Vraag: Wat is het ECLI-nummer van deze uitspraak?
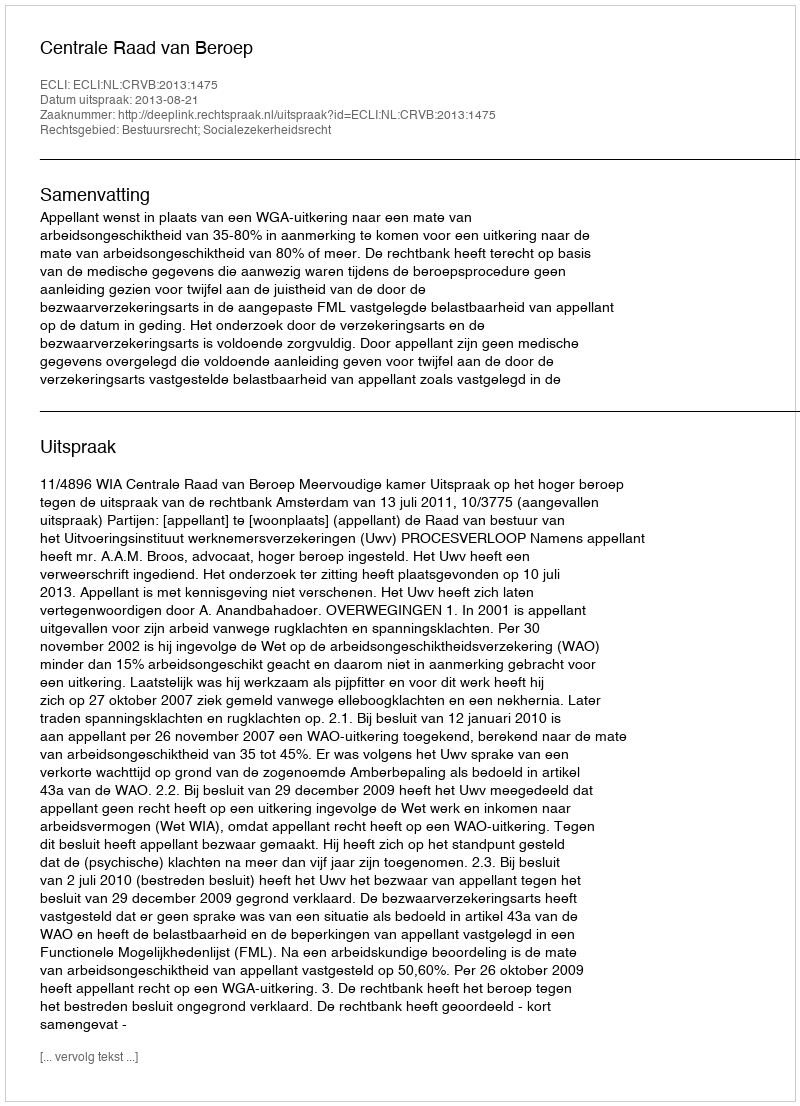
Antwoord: ECLI:NL:CRVB:2013:1475